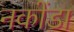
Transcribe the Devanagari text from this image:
नकोंडा